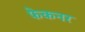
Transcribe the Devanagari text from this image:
फेकनर